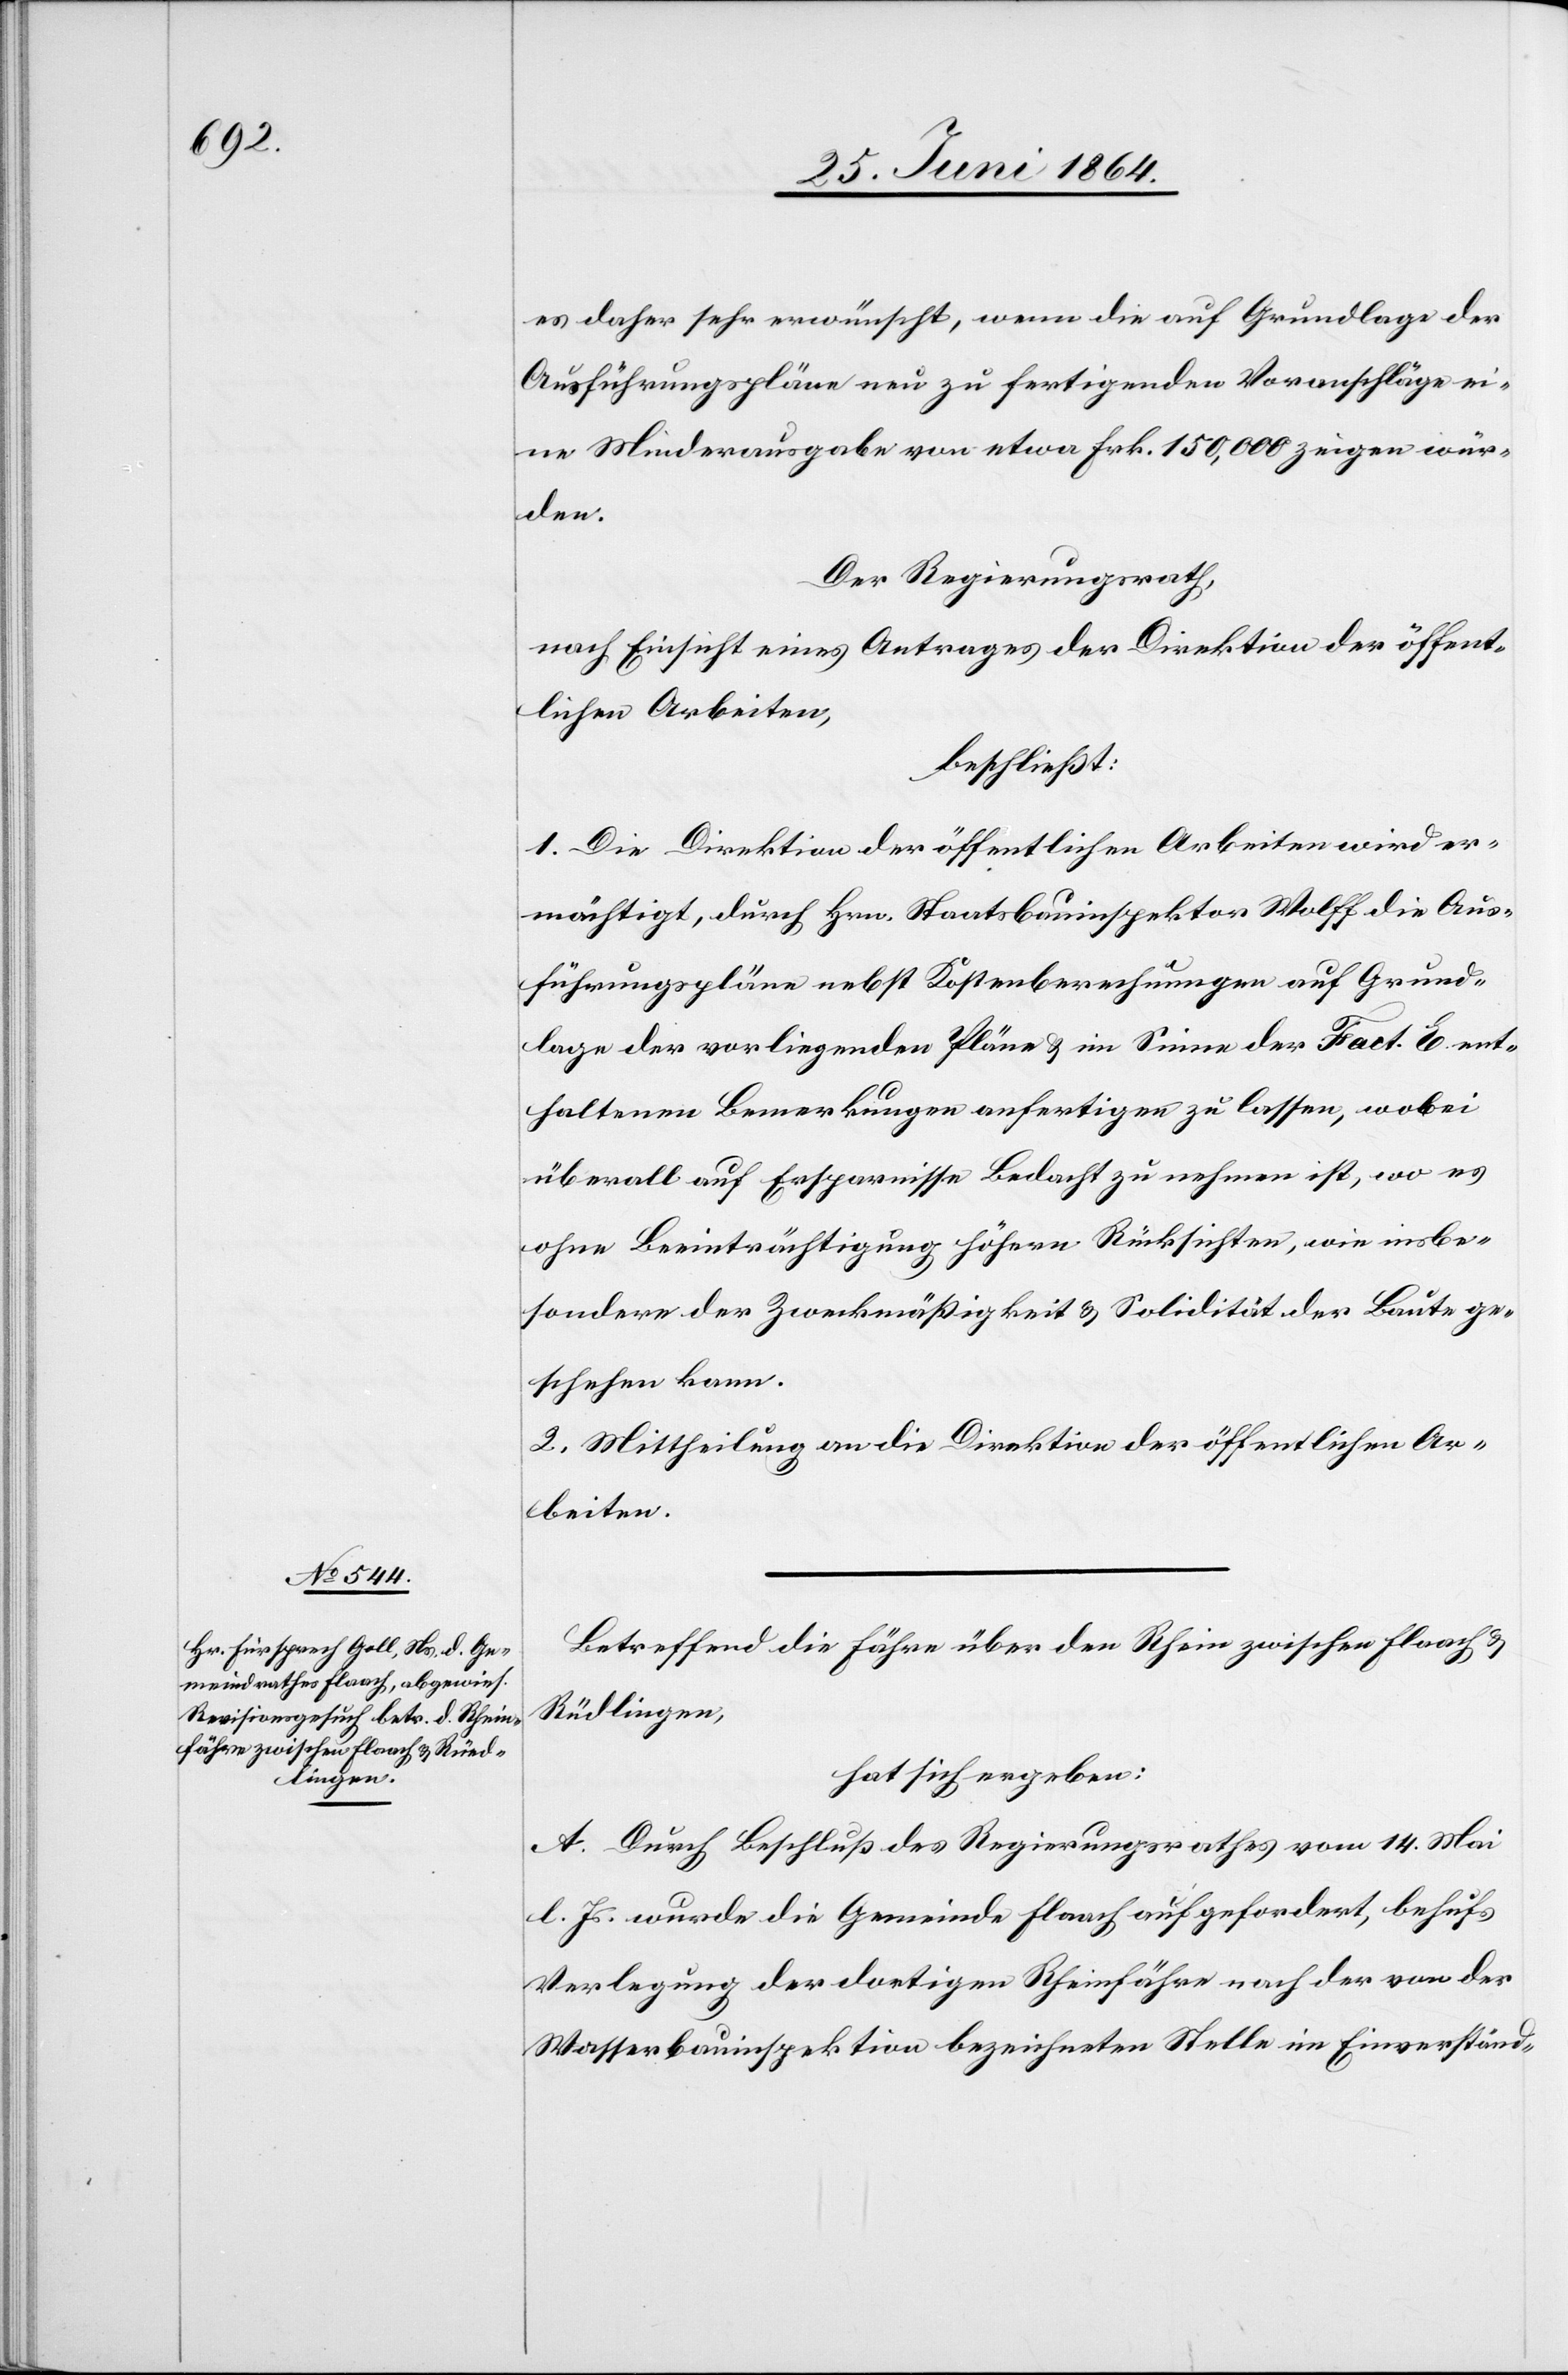
Betreffend die Fähre über den Rhein zwischen Flaach u.
Rüdlingen,
hat sich ergeben:
A. Durch Beschluß des Regierungsrathes vom 14. Mai
l. Js. wurde die Gemeinde Flaach aufgefordert, behufs
Verlegung der dortigen Rheinfähre nach der von der
Wasserbauinspektion bezeichneten Stelle im Einverständ-